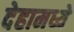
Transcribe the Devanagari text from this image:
देहामध्ये